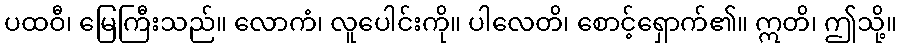
ပထဝီ၊ မြေကြီးသည်။ လောကံ၊ လူပေါင်းကို။ ပါလေတိ၊ စောင့်ရှောက်၏။ ဣတိ၊ ဤသို့။